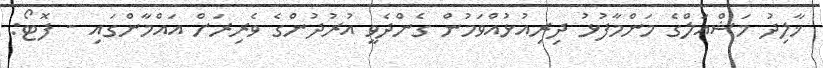
ޚާލިދު މަޝްއަލްގެ މަންމާފުޅު ދިރިއުޅުއްވަމުން ގެންދެވީ އުރުދުންގެ ވެރިރަށް އައްމާންގައި - ފޮޓޯ: